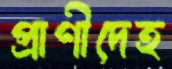
প্রাণীদেহ